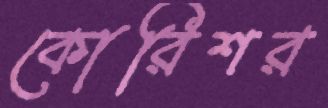
কোরিশর